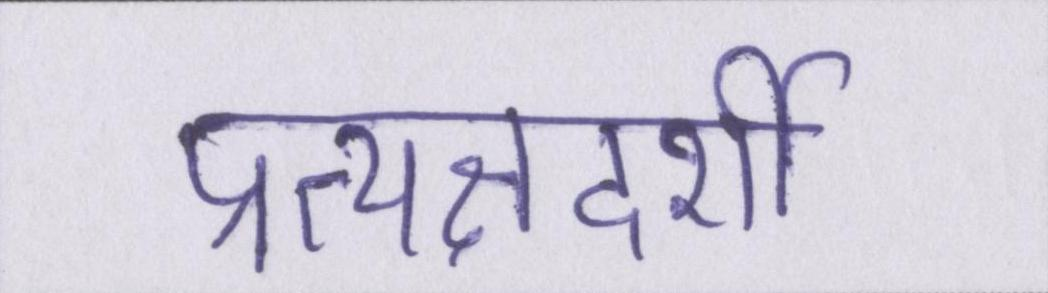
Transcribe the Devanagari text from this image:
प्रत्यक्षदर्शी